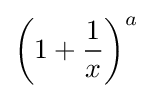
\left(1+{\frac {1}{x}}\right)^{a}